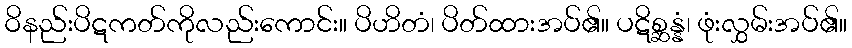
ဝိနည်းပိဋကတ်ကိုလည်းကောင်း။ ပိဟိတံ၊ ပိတ်ထားအပ်၏။ ပဋိစ္ဆန္နံ၊ ဖုံးလွှမ်းအပ်၏။